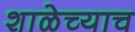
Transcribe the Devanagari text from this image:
शाळेच्याच